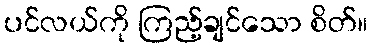
ပင်လယ်ကို ကြည့်ချင်သော စိတ်။